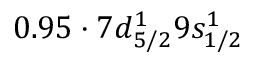
0 . 9 5 \cdot 7 d _ { 5 / 2 } ^ { 1 } 9 s _ { 1 / 2 } ^ { 1 }